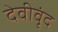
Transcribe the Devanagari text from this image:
देवीवृंद